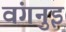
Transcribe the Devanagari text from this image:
वंगनुइ